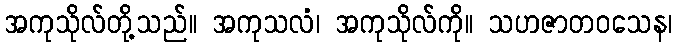
အကုသိုလ်တို့သည်။ အကုသလံ၊ အကုသိုလ်ကို။ သဟဇာတဝသေန၊